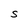
Character: S